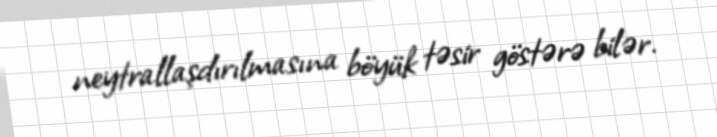
neytrallaşdırılmasına böyük təsir göstərə bilər.